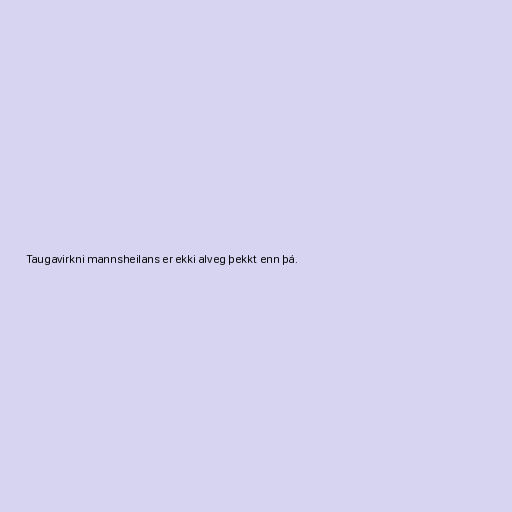
Taugavirkni mannsheilans er ekki alveg þekkt enn þá.